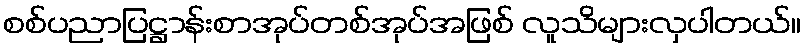
စစ်ပညာပြဋ္ဌာန်းစာအုပ်တစ်အုပ်အဖြစ် လူသိများလှပါတယ်။